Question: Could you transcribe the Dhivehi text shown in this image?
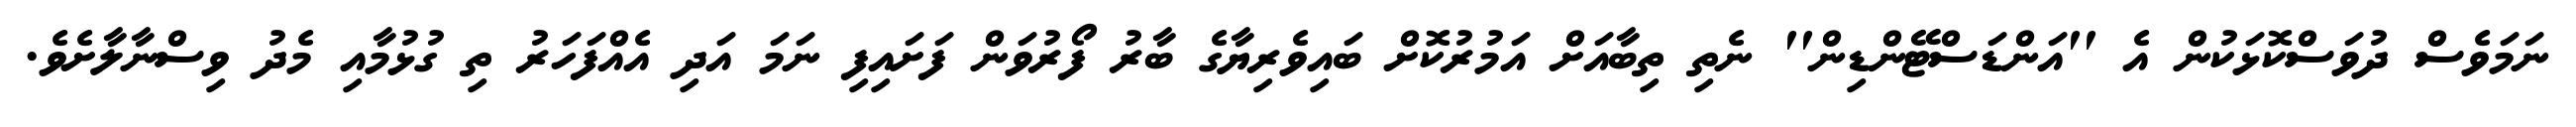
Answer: ނަމަވެސް ދުވަސްކޮޅަކުން އެ ''އަންޑަސްޓޭންޑިން'' ނެތި ތިބާއަށް އަމުރުކޮށް ބައިވެރިޔާގެ ބާރު ފޯރުވަން ފަށައިފި ނަމަ އަދި އެއްފަހަރު ތި ގުޅުމާއި މެދު ވިސްނާލާށެވެ.